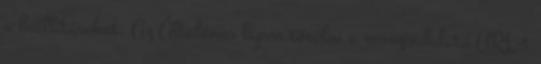
a beállításokat. Az Általános lapon törölni a rosszindulatú URL-t